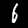
Digit: 6